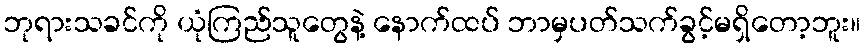
ဘုရားသခင်ကို ယုံကြည်သူတွေနဲ့ နောက်ထပ် ဘာမှပတ်သက်ခွင့်မရှိတော့ဘူး။